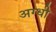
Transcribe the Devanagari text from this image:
अग्धी